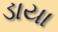
ડાયા